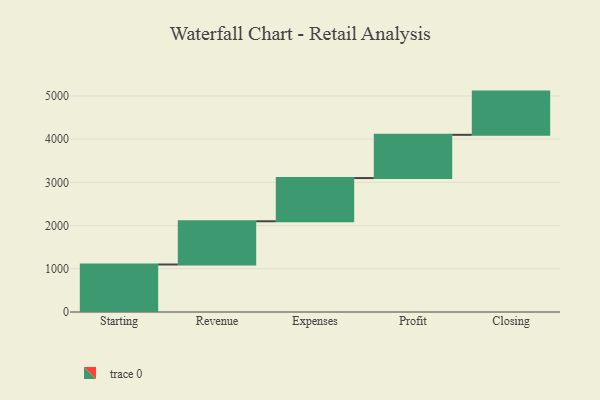
{"axis": {"x": "Step", "y": "Value"}, "legend": [""], "data": [{"x": "Starting", "y": 1099.0, "type": ""}, {"x": "Revenue", "y": 1000, "type": ""}, {"x": "Expenses", "y": 1000, "type": ""}, {"x": "Profit", "y": 1000, "type": ""}, {"x": "Closing", "y": 1000, "type": ""}]}